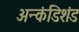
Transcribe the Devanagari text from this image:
अन्कंडिशंड